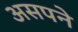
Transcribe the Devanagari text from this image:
असपने